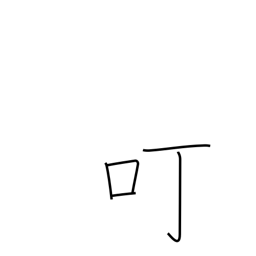
Meaning: courtesy